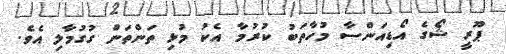
ޕޫރީ ޝޯގެ އޯޑިއަންސާ މުހާތަބު ކުރުމާ އެކު މުޅި ތަންތަން ގުގުމާލި އެވެ.